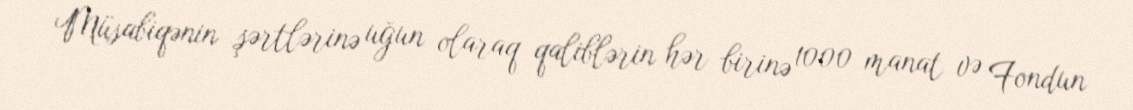
Müsabiqənin şərtlərinə uğun olaraq qaliblərin hər birinə 1000 manat və Fondun